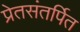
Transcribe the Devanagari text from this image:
प्रेतसंतर्पित